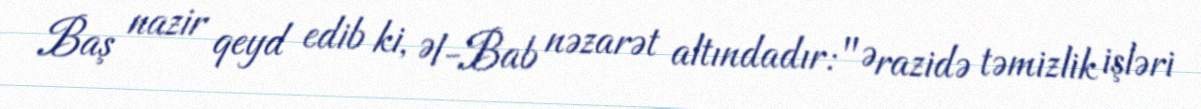
Baş nazir qeyd edib ki, Əl-Bab nəzarət altındadır: "Ərazidə təmizlik işləri